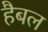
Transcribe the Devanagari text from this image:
हैबल